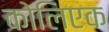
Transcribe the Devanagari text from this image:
कोलिएक